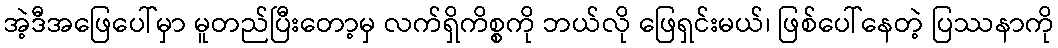
အဲ့ဒီအဖြေပေါ်မှာ မူတည်ပြီးတော့မှ လက်ရှိကိစ္စကို ဘယ်လို ဖြေရှင်းမယ်၊ ဖြစ်ပေါ်နေတဲ့ ပြဿနာကို